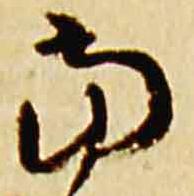
当